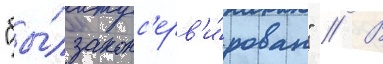
"бы́л законс'ерв'и́рован" // В